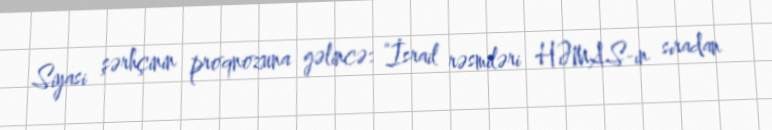
Siyasi şərhçinin proqnozuna gəlincə: “İsrail rəsmiləri HƏMAS-ın sıradan